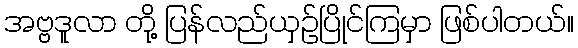
အဗ္ဗဒူလာ တို့ ပြန်လည်ယှဉ်ပြိုင်ကြမှာ ဖြစ်ပါတယ်။